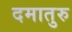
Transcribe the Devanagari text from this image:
दमातुरु